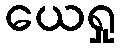
ယေရှု